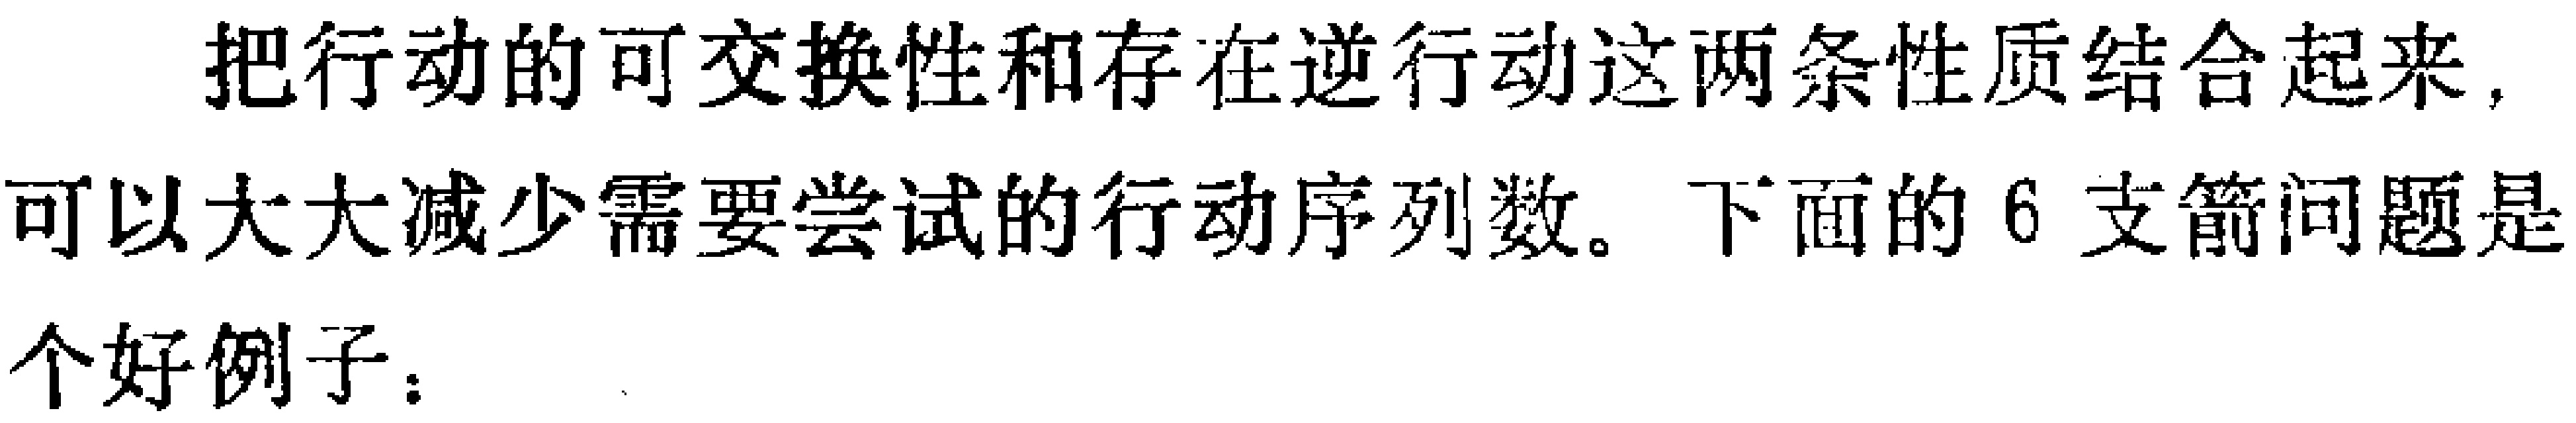
把行动的可交换性和存在逆行动这两条性质结合起来, 可以大大减少需要尝试的行动序列数。下面的 6 支箭问题是个好例子：